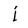
Character: j